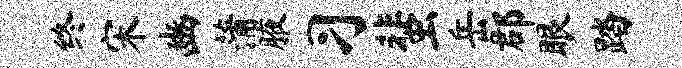
终宋豳蒲腋习蜚岳郡眼踏